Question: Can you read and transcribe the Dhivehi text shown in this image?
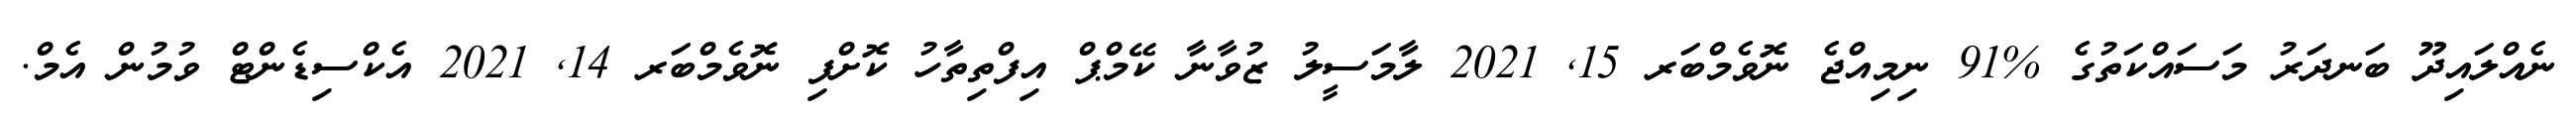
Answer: ނެއްލައިދޫ ބަނދަރު މަސައްކަތުގެ %91 ނިމިއްޖެ ނޮވެމްބަރ 15, 2021 ލާމަސީލު ޒުވާނާ ކޭމްޕް އިފްތިތާހު ކޮށްފި ނޮވެމްބަރ 14, 2021 އެކްސިޑެންޓް ވުމުން އެމް.